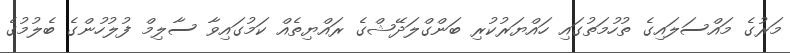
މަރުގެ މައްސަލައިގެ ތުހުމަތުގައި ހައްޔަރުކުރި ބަންގްލަދޭޝްގެ ރައްޔިތެއް ކަމުގައިވާ ސާލިމް ފުލުހުންގެ ބެލުމުގެ